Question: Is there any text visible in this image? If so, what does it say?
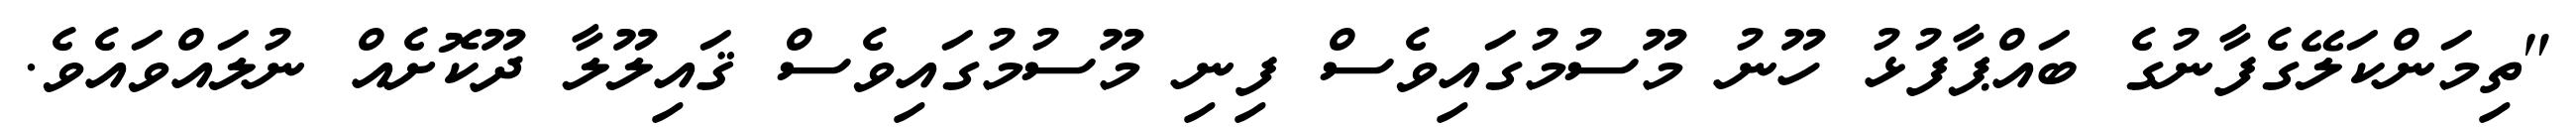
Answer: "ތިމަންކަލޭގެފާނުގެ ބައްޕާފުޅު ހޫނު މޫސުމުގައިވެސް ފިނި މޫސުމުގައިވެސް ޤައިލޫލާ ދޫކޮށެއް ނުލައްވައެވެ.